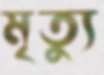
মৃতু্য